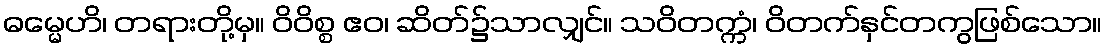
ဓမ္မေဟိ၊ တရားတို့မှ။ ဝိဝိစ္စ ဧဝ၊ ဆိတ်၌သာလျှင်။ သဝိတက္ကံ၊ ဝိတက်နှင်တကွဖြစ်သော။